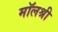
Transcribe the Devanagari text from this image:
मॉलश्री